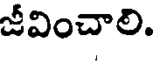
జీవించాలి.